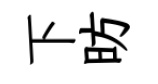
下昉